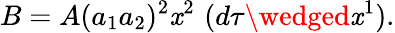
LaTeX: B=A(a_{1}a_{2})^{2}\mathit{x}^{2}\, \, (d\tau\wedged\mathit{x}^{1}).